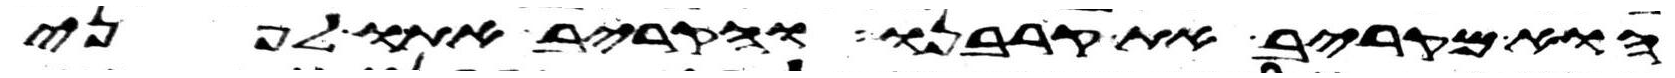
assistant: הוא מקריב את קרבנו והקריב אתו לפני